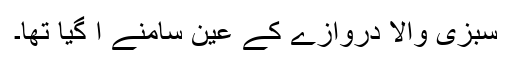
سبزی والا دروازے کے عین سامنے آ گیا تھا۔